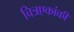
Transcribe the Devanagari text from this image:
चित्रएकांकी